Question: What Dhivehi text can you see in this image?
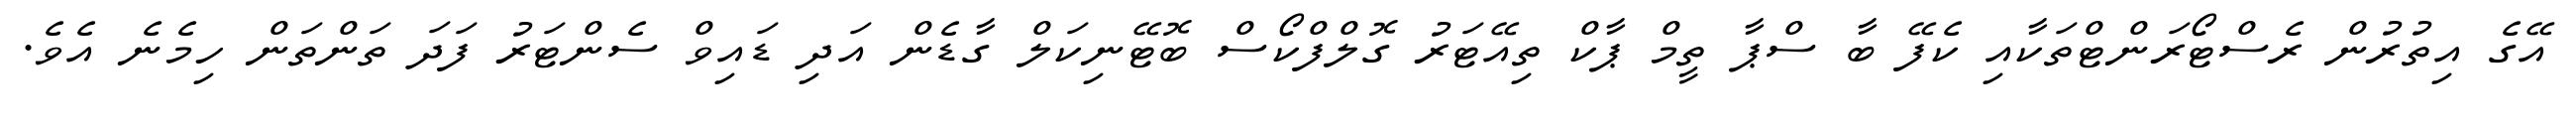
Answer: އޭގެ އިތުރުން ރެސްޓޯރަންޓްތަކާއި ކެފޭ ބާ ސްޕާ ތީމް ޕާކް ތިއޭޓަރު ގޮލްފްކޯސް ބޮޓޭނިކަލް ގާޑެން އަދި ޑައިވް ސެންޓަރު ފަދަ ތަންތަން ހިމެނެ އެވެ.